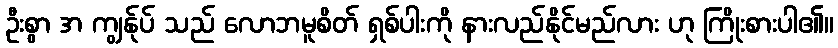
ဦးစွာ အ ကျွန်ုပ် သည် လောဘမူစိတ် ရှစ်ပါးကို နားလည်နိုင်မည်လား ဟု ကြိုးစားပါ၏။